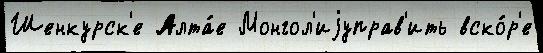
Шенкурск'е Алта́е Монгол'иjуправ'ить вско́р'е